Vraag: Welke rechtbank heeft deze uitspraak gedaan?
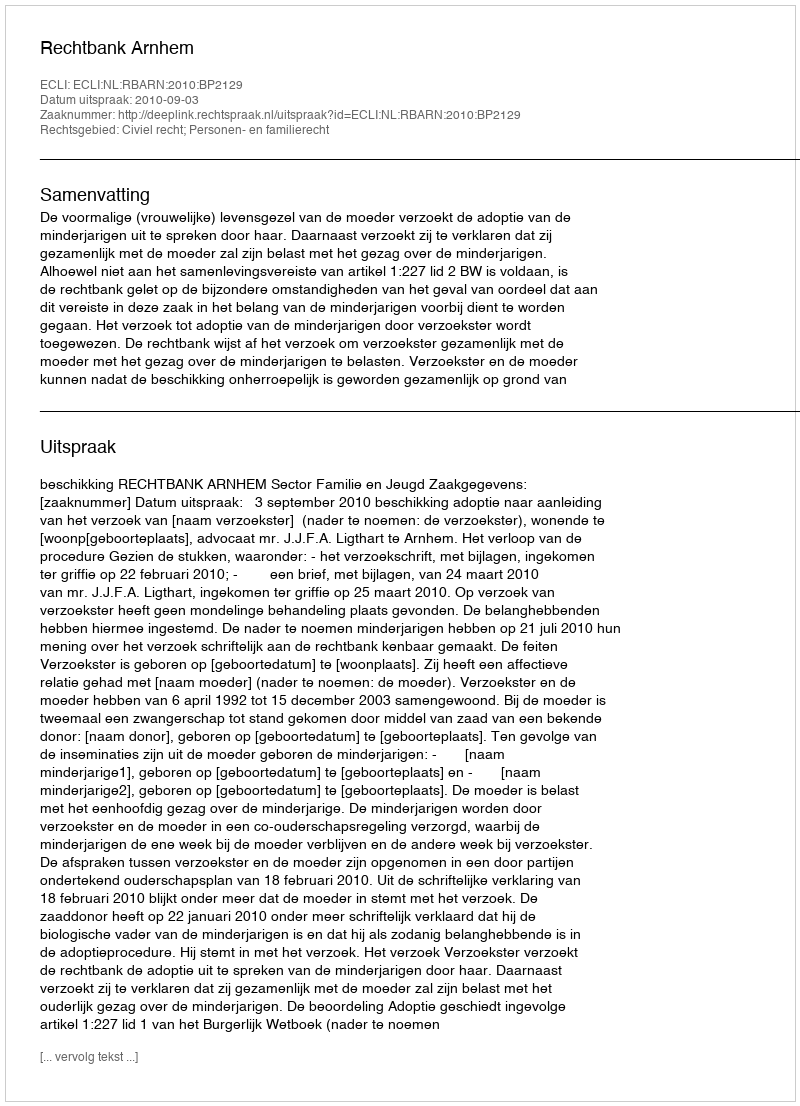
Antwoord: Rechtbank Arnhem